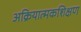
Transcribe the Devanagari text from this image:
अक्रियात्मकशिक्षण